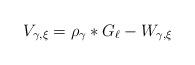
LaTeX: \begin{align*}V_{\gamma,\xi}=\rho_{\gamma}\ast G_\ell-W_{\gamma,\xi}\end{align*}